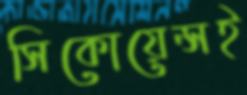
সিকোয়েন্সই